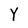
Character: Y